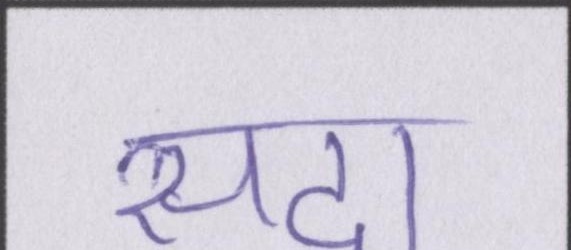
सदा